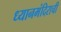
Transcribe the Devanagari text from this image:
ध्यानमंदिराची